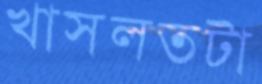
খাসলতটা